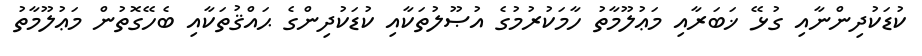
ކުޑަކުދިންނާއި ގުޅޭ ޚަބަރާއި މަޢުލޫމާތު ހާމަކުރުމުގެ އުޞޫލުތަކާއި ކުޑަކުދިންގެ ޙައްޤުތަކާއި ބެހޭގޮތުން މަޢުލޫމާތު